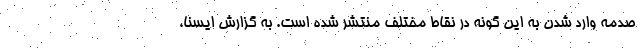
صدمه وارد شدن به این گونه در نقاط مختلف منتشر شده است. به گزارش ایسنا،